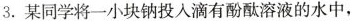
3.某同学将一小块钠投入滴有酚酞溶液的水中，